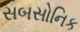
સબસોનિક